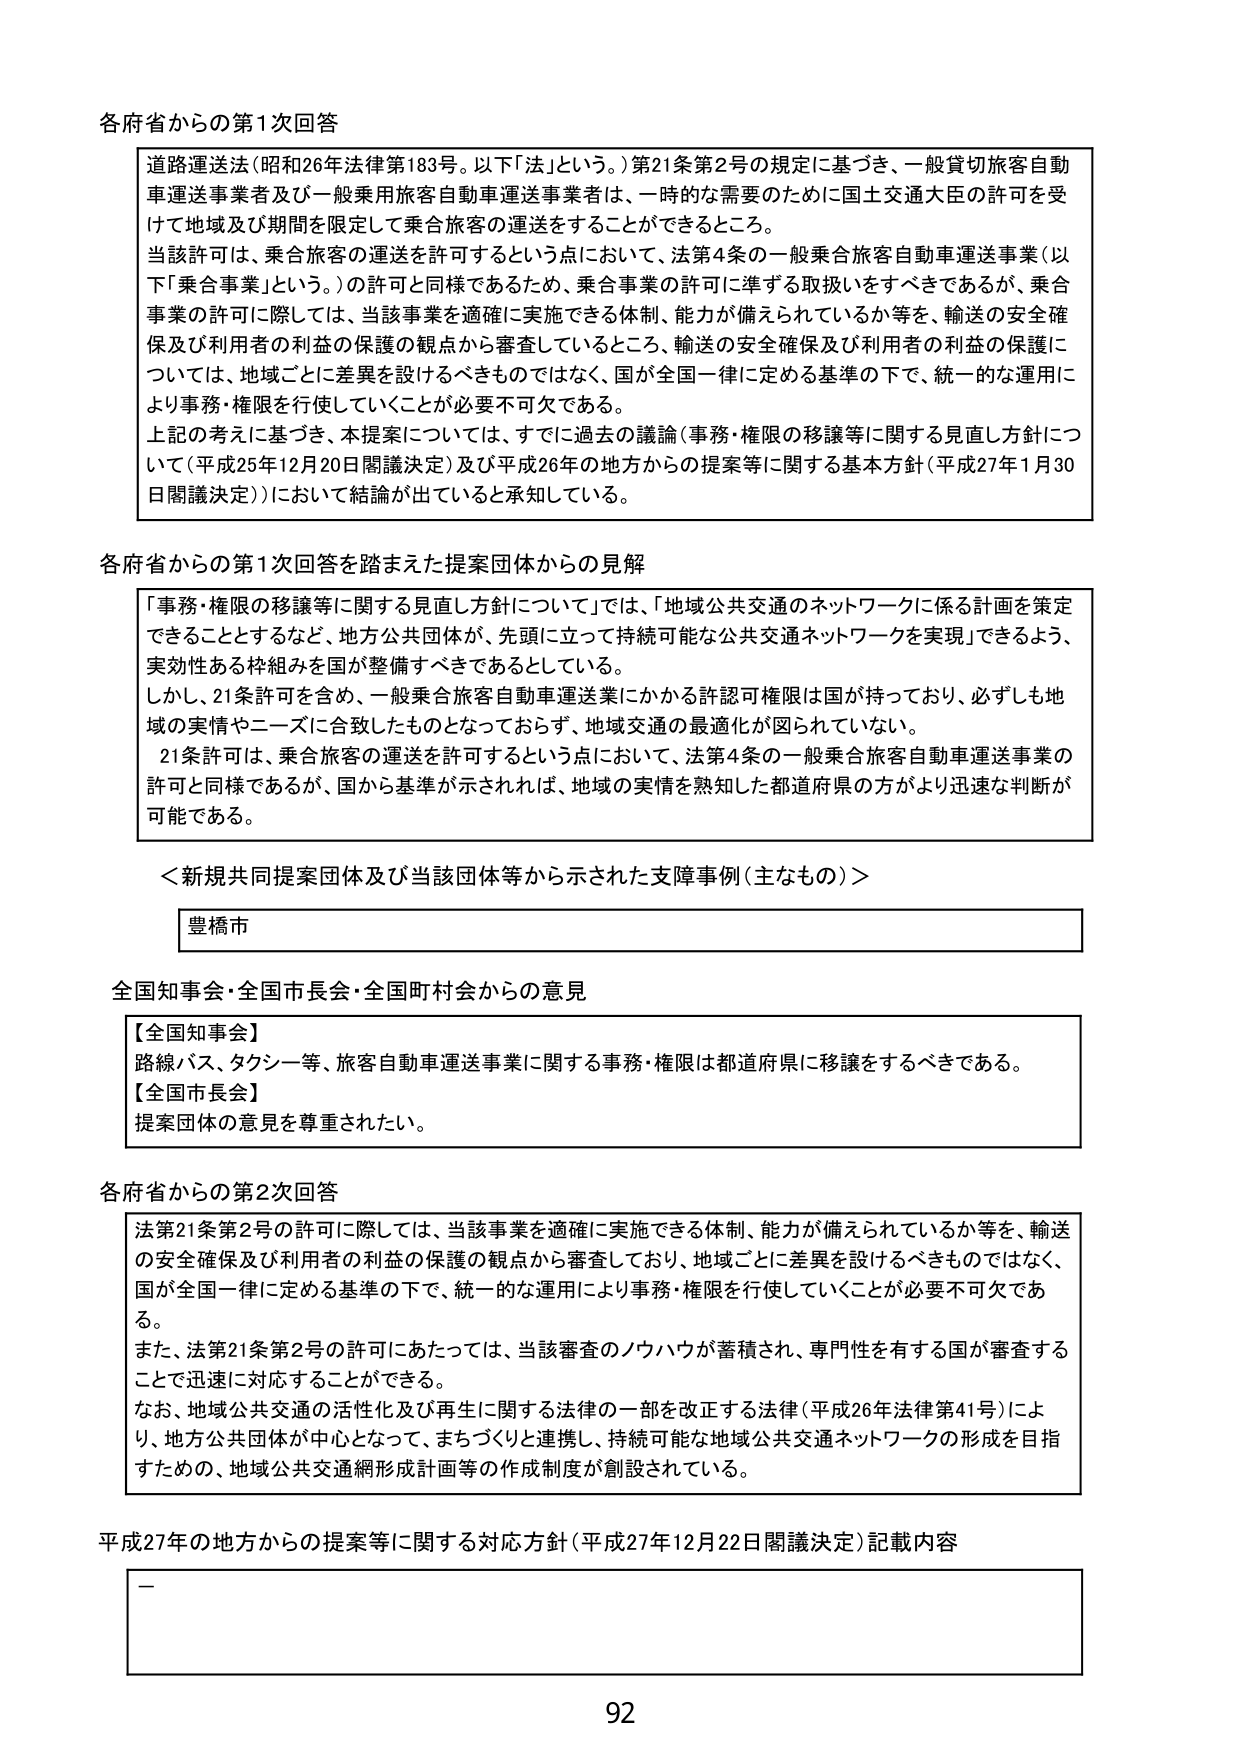
各府省からの第1次回答

道路運送法（昭和26年法律第183号。以下「法」という。）第21条第2号の規定に基づき、一般貸切旅客自動車運送事業者及び一般乗用旅客自動車運送事業者は、一時的な需要のために国土交通大臣の許可を受けた地域及び期間を限定して乗合旅客の運送をすることができるところ。

当該許可は、乗合旅客の運送を許可するという点において、法第4条の一般乗合旅客自動車運送事業（以下「乗合事業」という。）の許可と同様であるため、乗合事業の許可に準ずる取扱いをすべきであるが、乗合事業の許可に関しては、当該事業を適確に実施できる体制、能力が備えられているか等を、輸送の安全確保及び利用者の利益の保護の観点から審査しているところ、輸送の安全確保及び利用者の利益の保護については、地域ごとに差異を設けるべきものではなく、国が全国一律に定める基準の下で、統一的な運用により事務・権限を行使していくことが必要不可欠である。

上記の考えに基づき、本提案については、すでに過去の議論（事務・権限の移譲等に関する見直し方針について（平成25年12月20日閣議決定）及び平成26年の地方からの提案等に関する基本方針（平成27年1月30日閣議決定））において結論が出ていると承知している。

各府省からの第1次回答を踏まえた提案団体からの見解

「事務・権限の移譲等に関する見直し方針について」では、「地域公共交通のネットワークに係る計画を策定できるとするなど、地方公共団体が、先頭に立って持続可能な公共交通ネットワークを実現」できるよう、実効性ある枠組みを国が整備すべきであるとしている。

しかし、21条許可を含め、一般乗合旅客自動車運送業にかかる許認可権限は国が持っており、必ずしも地域の実情やニーズに合致したものとなっておらず、地域交通の最適化が図られていない。

21条許可は、乗合旅客の運送を許可するという点において、法第4条の一般乗合旅客自動車運送事業の許可と同様であるが、国から基準が示されれば、地域の実情を熟知した都道府県の方がより迅速な判断が可能である。

＜新規共同提案団体及び当該団体等から示された支障事例（主なもの）＞

豊橋市

全国知事会・全国市長会・全国町村会からの意見

【全国知事会】
路線バス、タクシー等、旅客自動車運送事業に関する事務・権限は都道府県に移譲をするべきである。

【全国市長会】
提案団体の意見を尊重されたい。

各府省からの第2次回答

法第21条第2号の許可に際しては、当該事業を適確に実施できる体制、能力が備えられているか等を、輸送の安全確保及び利用者の利益の保護の観点から審査しており、地域ごとに差異を設けるべきものではなく、国が全国一律に定める基準の下で、統一的な運用により事務・権限を行使していくことが必要不可欠である。

また、法第21条第2号の許可にあたっては、当該審査のノウハウが蓄積され、専門性を有する国が審査することで迅速に対応することができる。

なお、地域公共交通の活性化及び再生に関する法律の一部を改正する法律（平成26年法律第41号）により、地方公共団体が中心となって、まちづくりと連携し、持続可能な地域公共交通ネットワークの形成を目指すための、地域公共交通網形成計画等の作成制度が創設されている。

平成27年の地方からの提案等に関する対応方針（平成27年12月22日閣議決定）記載内容

—

92